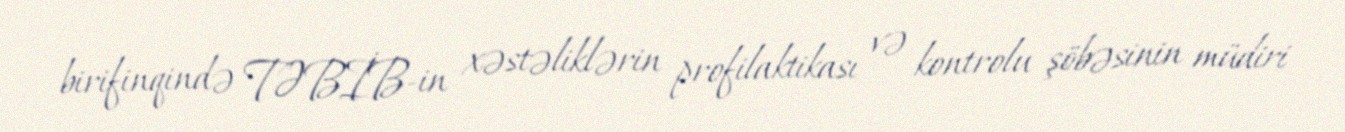
birifinqində TƏBİB-in xəstəliklərin profilaktikası və kontrolu şöbəsinin müdiri